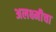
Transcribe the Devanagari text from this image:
अलक्ष्मीचा